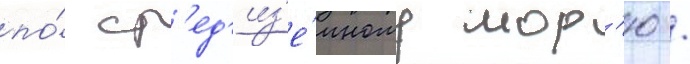
по́ ср'ед'из'е́мному мор'ю /